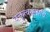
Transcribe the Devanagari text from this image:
वक्तृत्वस्पर्धांचे